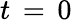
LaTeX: t\, =\, 0